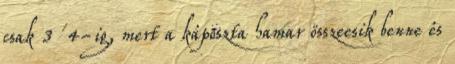
csak 3 4-ig, mert a káposzta hamar összeesik benne és